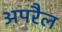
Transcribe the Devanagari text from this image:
अपरैल